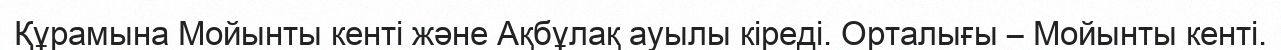
Құрамына Мойынты кенті және Ақбұлақ ауылы кіреді. Орталығы – Мойынты кенті.